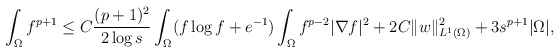
\begin{align*}\begin{aligned}\int_{\Omega}f^{p +1}\le C\frac{(p+1)^{2}}{2\log s}\int_{\Omega} (f\log f+e^{-1})\int_{\Omega}f^{p -2}|\nabla f|^{2}+2C\| w\|_{L^{1}(\Omega)}^{2}+3s^{p +1}|\Omega|,\end{aligned}\end{align*}